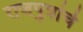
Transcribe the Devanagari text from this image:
राजपुत्रांचे